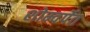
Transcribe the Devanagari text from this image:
शोम्वर्पेत